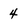
Character: 4